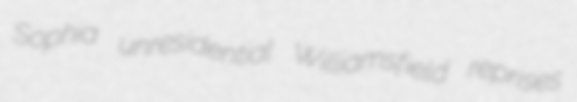
Sophia unresidential Williamsfield reprises